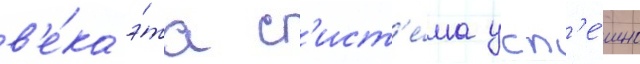
в'е́ка э́та с'ист'е́ма усп'е́шно